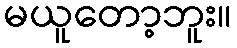
မယူတော့ဘူး။